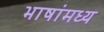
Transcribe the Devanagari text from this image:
भाषांमध्य